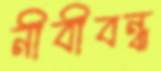
নীবীবন্ধ